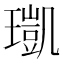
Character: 𤩑